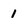
Character: 1